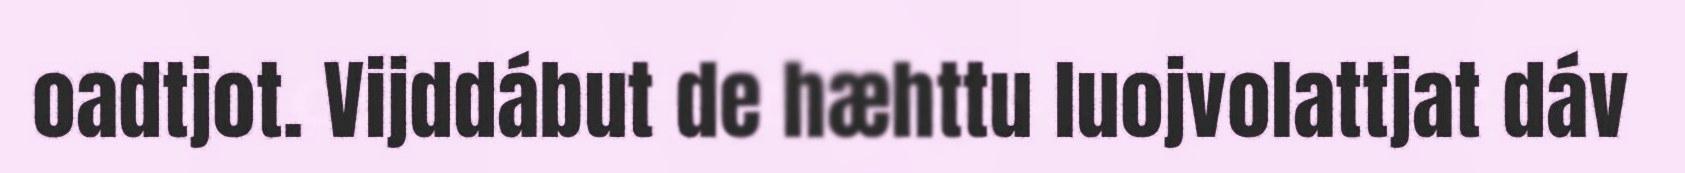
oadtjot. Vijddábut de hæhttu luojvolattjat dáv